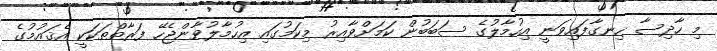
މި ހާދިސާ ހިނގާފައިވަނީ އިހުމާލުގެ ސަބަބުން ކަމަށްވާއިރު މިކަމުގައި އިހުމާލުވާންޖެހޭ ފަރާތްތަކަކީ އެޤައުމުގެ